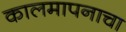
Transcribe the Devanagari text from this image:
कालमापनाचा